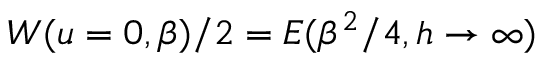
W ( u = 0 , \beta ) / 2 = E ( \beta ^ { 2 } / 4 , h \rightarrow \infty )